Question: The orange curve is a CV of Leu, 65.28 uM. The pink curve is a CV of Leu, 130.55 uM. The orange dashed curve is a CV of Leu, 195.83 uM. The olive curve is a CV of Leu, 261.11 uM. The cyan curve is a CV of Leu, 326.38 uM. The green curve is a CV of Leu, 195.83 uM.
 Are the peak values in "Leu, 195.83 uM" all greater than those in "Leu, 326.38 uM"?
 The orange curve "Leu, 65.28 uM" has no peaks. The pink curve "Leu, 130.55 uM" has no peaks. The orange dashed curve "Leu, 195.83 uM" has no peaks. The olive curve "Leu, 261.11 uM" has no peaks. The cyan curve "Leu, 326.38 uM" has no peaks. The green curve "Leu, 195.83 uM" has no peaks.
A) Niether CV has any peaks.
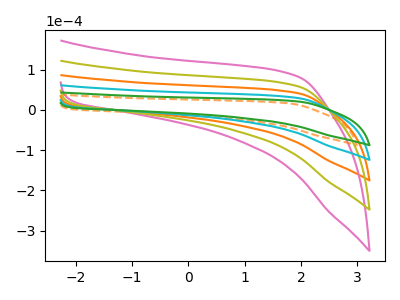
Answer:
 <answer>A) Niether CV has any peaks.</answer>
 <eval>A</eval>